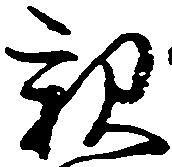
親